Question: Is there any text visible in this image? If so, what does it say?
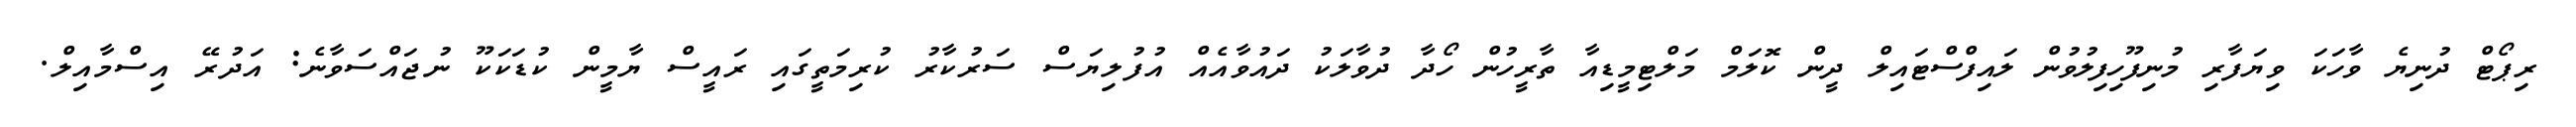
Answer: ރިޕޯޓް ދުނިޔެ ވާހަކަ ވިޔަފާރި މުނިފޫހިފިލުވުން ލައިފްސްޓައިލް ދީން ކޮލަމް މަލްޓިމީޑިއާ ތާރީހުން ހޯދާ ދުވާލަކު ދައުވާއެއް އުފުލިޔަސް ސަރުކާރު ކުރިމަތީގައި ރައީސް ޔާމީން ކުޑަކަކޫ ނުޖައްސަވާނެ: އަދުރޭ އިސްމާއިލް.